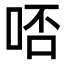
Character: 𠳝